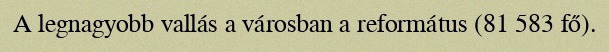
A legnagyobb vallás a városban a református (81 583 fő).